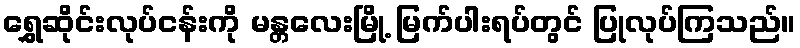
ရွှေဆိုင်းလုပ်ငန်းကို မန္တလေးမြို့ မြက်ပါးရပ်တွင် ပြုလုပ်ကြသည်။